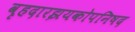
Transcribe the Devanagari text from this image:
वृहदारझयकोपनिषद